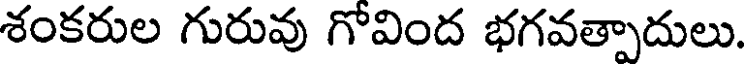
శంకరుల గురువు గోవింద భగవత్పాదులు.